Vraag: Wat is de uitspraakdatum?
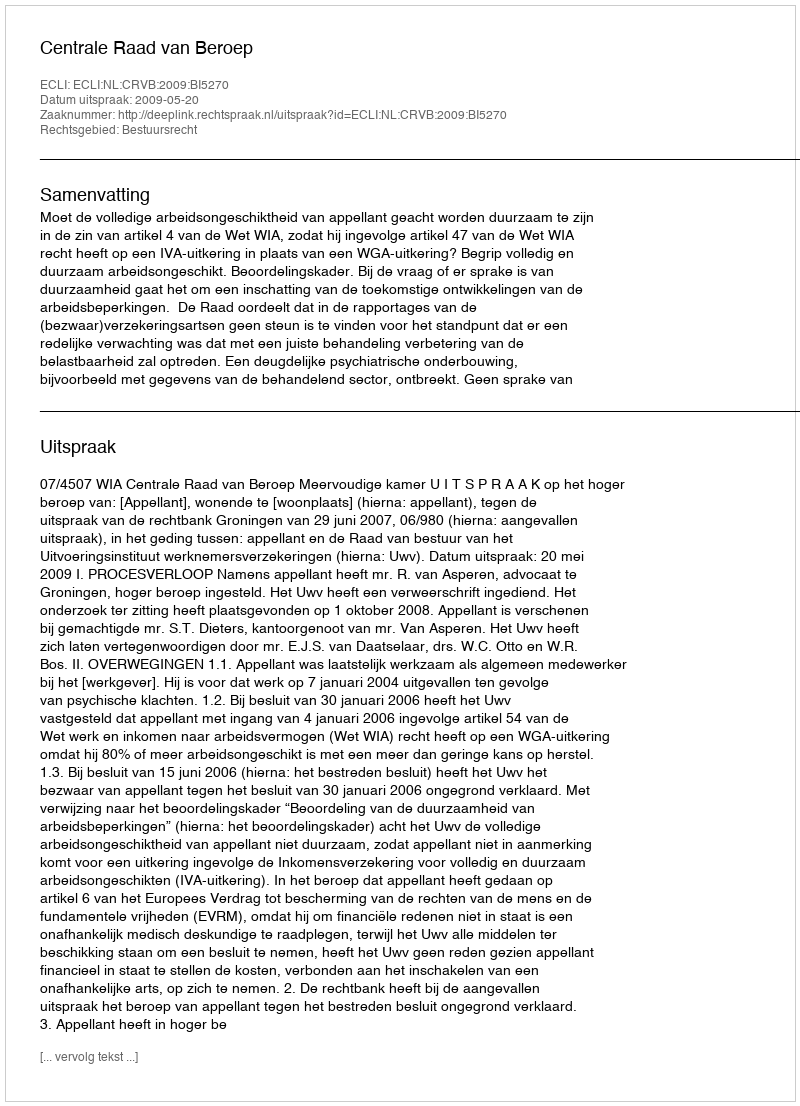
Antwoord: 2009-05-20